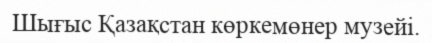
Шығыс Қазақстан көркемөнер музейі.